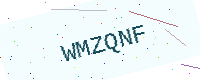
Text: WMZQNF